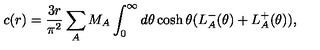
c ( r ) = \frac { 3 r } { \pi ^ { 2 } } \sum _ { A } M _ { A } \int _ { 0 } ^ { \infty } d \theta \cosh \theta ( L _ { A } ^ { - } ( \theta ) + L _ { A } ^ { + } ( \theta ) ) ,